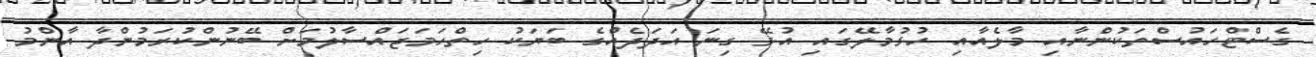
ގެސްޓްހައުސްތަކުންނާއި މާލެއާއި ހުޅުމާލޭގައި އުޅޭ ގިނަ އަދަދެއްގެ ބަޔަކު ހިތްހަމަޖައްސާލުމަށް ބޭނުންކުރަމުންދާ އާންމު